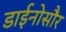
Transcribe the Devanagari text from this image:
डाईनोसौर